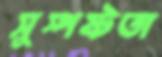
সুস্পষ্টতা